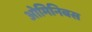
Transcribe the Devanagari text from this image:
ओमिनिबस